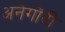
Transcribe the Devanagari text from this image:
अनेगोंदी